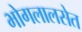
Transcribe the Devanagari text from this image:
भोगलालसेत